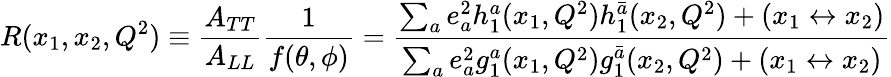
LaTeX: R(x_{1},x_{2},Q^{2})\equiv\frac{A_{TT}}{A_{LL}}\frac{1}{f(\theta,\phi)}=\frac{\sum_{a}e_{a}^{2}h_{1}^{a}(x_{1},Q^{2})h_{1}^{\bar{a}}(x_{2},Q^{2})+(x_{1}\leftrightarrow x_{2})}{\sum_{a}e_{a}^{2}g_{1}^{a}(x_{1},Q^{2})g_{1}^{\bar{a}}(x_{2},Q^{2})+(x_{1}\leftrightarrow x_{2})}